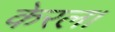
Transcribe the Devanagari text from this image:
केरल।